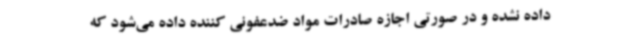
داده نشده و در صورتی اجازه صادرات مواد ضدعفونی کننده داده می‌شود که